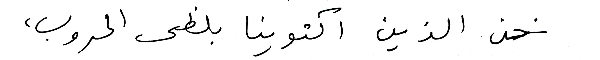
نحن الذين اكتوينا بلظى الحروب ،